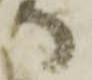
り